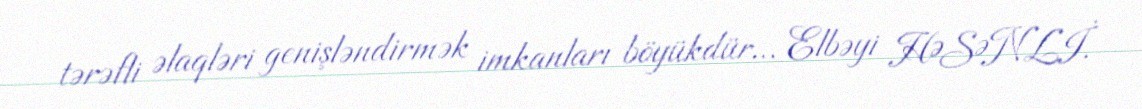
tərəfli əlaqləri genişləndirmək imkanları böyükdür... Elbəyi HƏSƏNLİ.